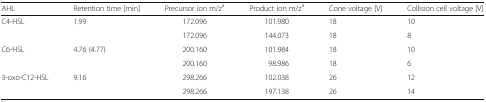
<table><thead><tr><td><b>AHL</b></td><td><b>Retention time [min]</b></td><td><b>Precursor ion m/z<sup>a</sup></b></td><td><b>Product ion m/z<sup>a</sup></b></td><td><b>Cone voltage [V]</b></td><td><b>Collision cell voltage [V]</b></td></tr></thead><tbody><tr><td rowspan="2">C4-HSL</td><td>1.99</td><td>172.096</td><td>101.980</td><td>18</td><td>10</td></tr><tr><td></td><td>172.096</td><td>144.073</td><td>18</td><td>8</td></tr><tr><td rowspan="2">C6-HSL</td><td>4.76 (4.77)</td><td>200.160</td><td>101.984</td><td>18</td><td>10</td></tr><tr><td></td><td>200.160</td><td>98.986</td><td>18</td><td>6</td></tr><tr><td rowspan="2">3-oxo-C12-HSL</td><td>9.16</td><td>298.266</td><td>102.038</td><td>26</td><td>12</td></tr><tr><td></td><td>298.266</td><td>197.138</td><td>26</td><td>14</td></tr></tbody></table>